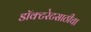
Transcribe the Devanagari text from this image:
डॉक्टरेटसाठीचा